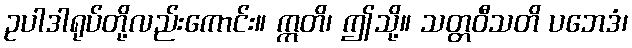
ဥပါဒါရုပ်တို့လည်းကောင်း။ ဣတိ၊ ဤသို့။ သတ္တဝီသတိ ပဘေဒံ၊